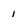
Character: 1